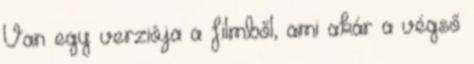
Van egy verziója a filmből, ami akár a végső